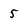
Character: 5